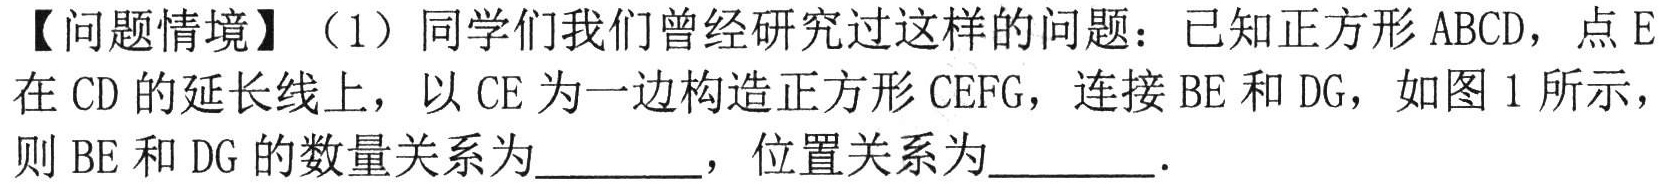
【问题情境】（1）同学们我们曾经研究过这样的问题：已知正方形 \(ABCD\)，点 \(E\)在 \(CD\)的延长线上，以 \(CE\)为一边构造正方形 \(CEFG\)，连接 \(BE\)和 \(DG\)，如图 1 所示，则 \(BE\)和 \(DG\)的数量关系为________，位置关系为________.